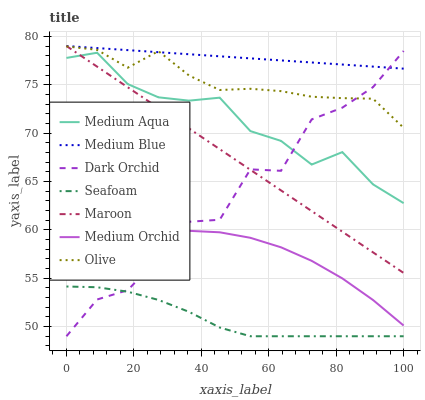
| xaxis_label | Medium Aqua | Medium Blue | Dark Orchid | Seafoam | Maroon | Medium Orchid | Olive |
 | --- | --- | --- | --- | --- | --- | --- | --- |
 | 0 | 77.8 | 79 | 49 | 54.1 | 79 | 56.4 | 79 |
 | 9.09 | 78.3 | 78.8 | 52.8 | 54.1 | 76.9 | 57.9 | 78.6 |
 | 18.2 | 75.1 | 78.6 | 53.8 | 53.6 | 74.7 | 59 | 76.8 |
 | 27.3 | 73.7 | 78.4 | 57.1 | 52.8 | 72.6 | 59.6 | 78.5 |
 | 36.4 | 73.4 | 78.1 | 60.8 | 51.5 | 70.5 | 59.9 | 75.9 |
 | 45.5 | 73.7 | 77.9 | 61 | 49.9 | 68.3 | 59.7 | 74.5 |
 | 54.5 | 70.2 | 77.7 | 66.3 | 49 | 66.2 | 59.2 | 74.6 |
 | 63.6 | 69.2 | 77.5 | 66.1 | 49 | 64.1 | 58.2 | 74.3 |
 | 72.7 | 66.7 | 77.3 | 71.4 | 49 | 61.9 | 56.8 | 73.8 |
 | 81.8 | 68 | 77.1 | 72.6 | 49 | 59.8 | 55 | 73.6 |
 | 90.9 | 64.7 | 76.9 | 74.7 | 49 | 57.7 | 52.7 | 73.6 |
 | 100 | 62.8 | 76.7 | 78.5 | 49 | 55.5 | 50.1 | 70.5 |